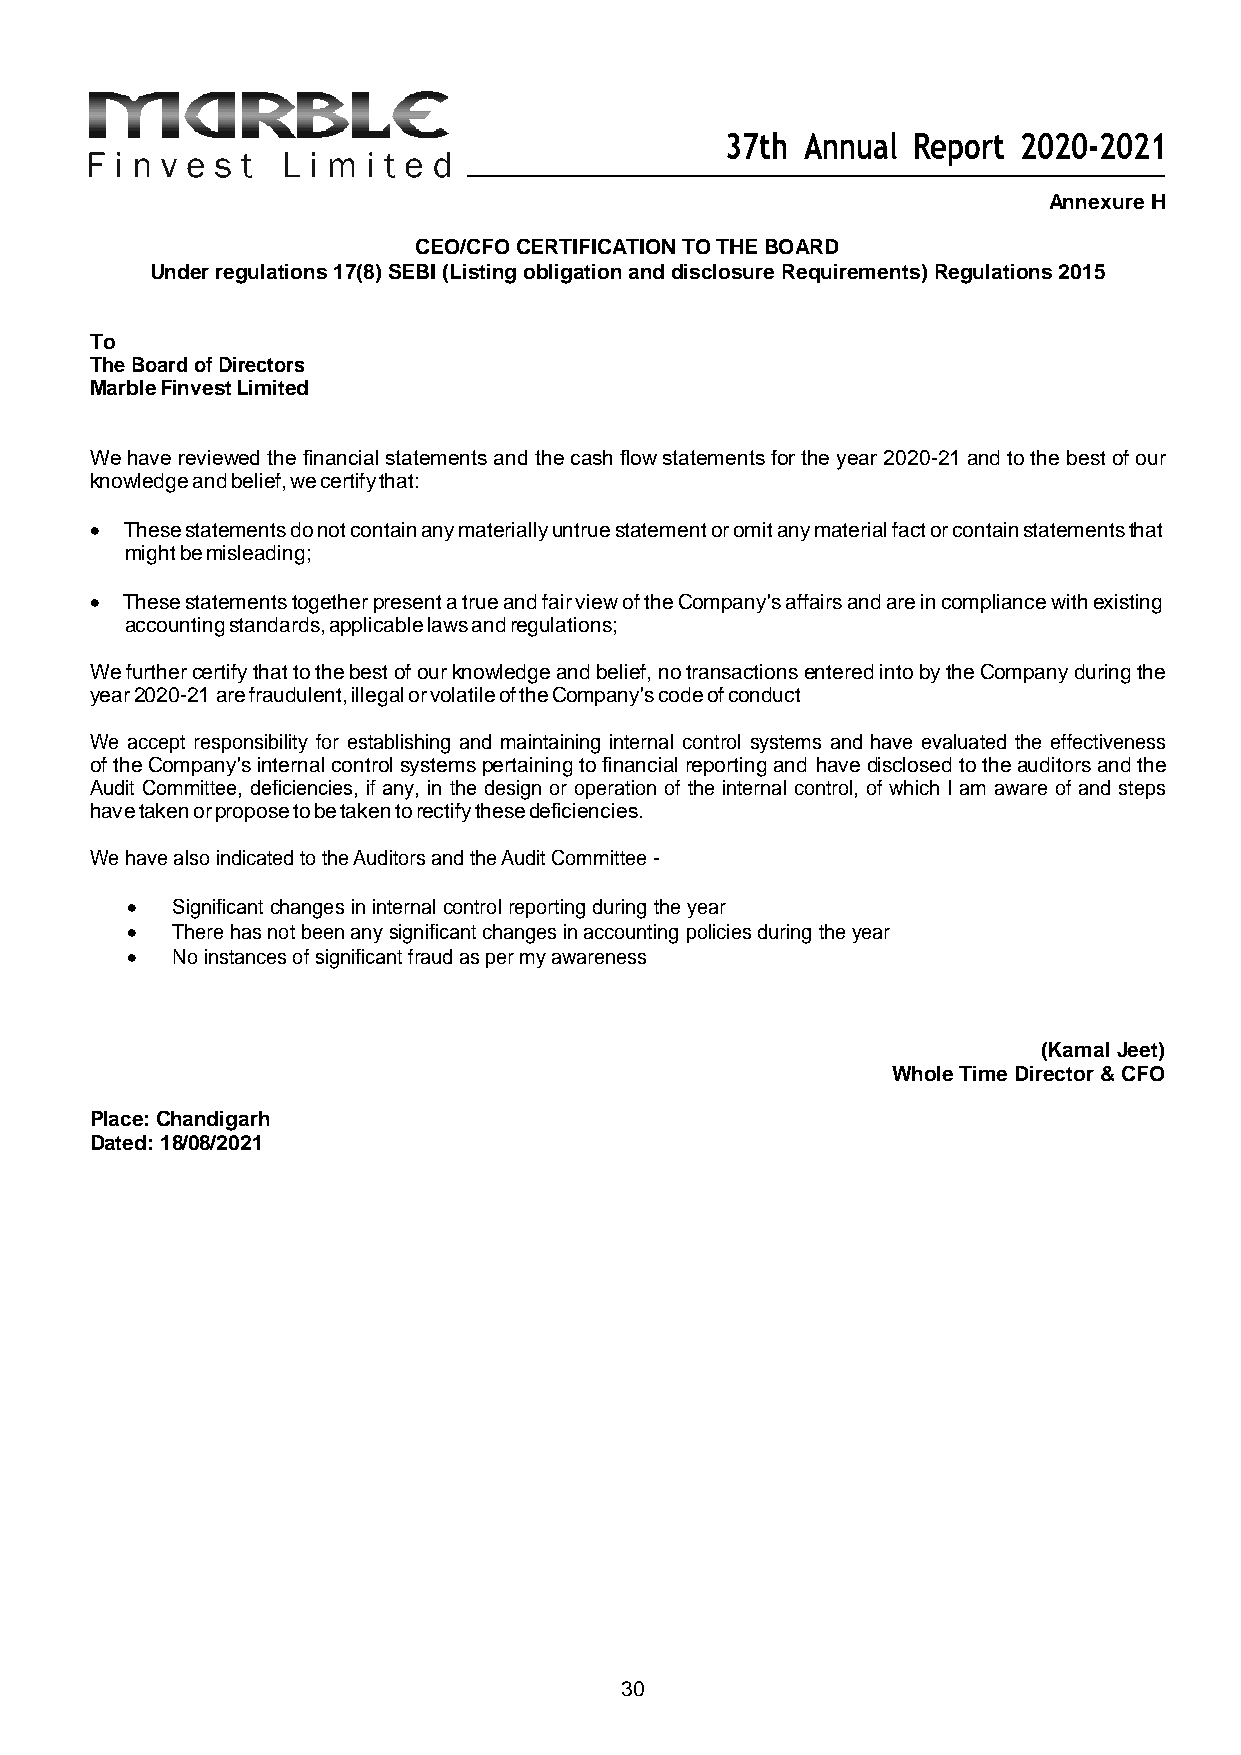
37th Annual Report 2020-2021
 Annexure H
 CEO/CFO CERTIFICATION TO THE BOARD
 Under regulations 17(8) SEBI (Listing obligation and disclosure Requirements) Regulations 2015
 To
 The Board of Directors
 Marble Finvest Limited
 We have reviewed the financial statements and the cash flow statements for the year 2020-21 and to the best of our
 knowledge and belief, we certify that:
  These statements do not contain any materially untrue statement or omit any material fact or contain statements that
 might be misleading;
  These statements together present a true and fair view of the Company's affairs and are in compliance with existing
 accounting standards, applicable laws and regulations;
 We further certify that to the best of our knowledge and belief, no transactions entered into by the Company during the
 year 2020-21 are fraudulent, illegal or volatile of the Company's code of conduct
 We accept responsibility for establishing and maintaining internal control systems and have evaluated the effectiveness
 of the Company's internal control systems pertaining to financial reporting and have disclosed to the auditors and the
 Audit Committee, deficiencies, if any, in the design or operation of the internal control, of which I am aware of and steps
 have taken or propose to be taken to rectify these deficiencies.
 We have also indicated to the Auditors and the Audit Committee -
   Significant changes in internal control reporting during the year
   There has not been any significant changes in accounting policies during the year
   No instances of significant fraud as per my awareness
 (Kamal Jeet)
 Whole Time Director & CFO
 Place: Chandigarh
 Dated: 18/08/2021
 30